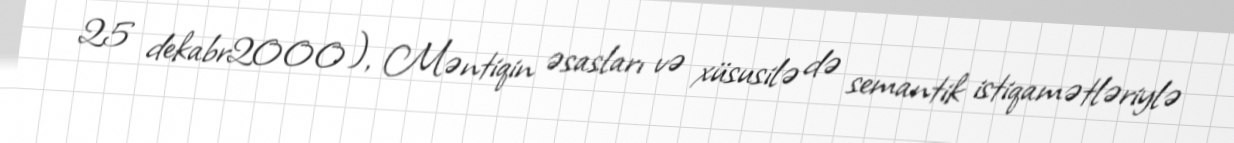
25 dekabr2000), Məntiqin əsasları və xüsusilə də semantik istiqamətləriylə